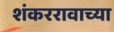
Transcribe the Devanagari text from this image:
शंकररावाच्या